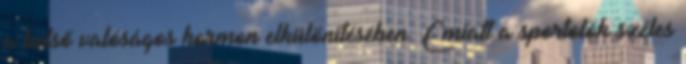
a belső valóságos hormon elkülönítésében. Emiatt a sportolók széles